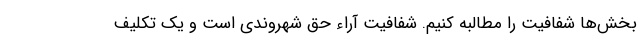
بخش‌ها شفافیت را مطالبه کنیم. شفافیت آراء حق شهروندی است و یک تکلیف